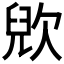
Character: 𣣉